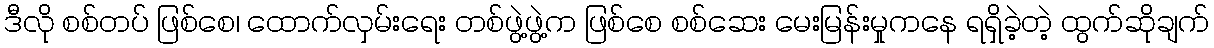
ဒီလို စစ်တပ် ဖြစ်စေ၊ ထောက်လှမ်းရေး တစ်ဖွဲ့ဖွဲ့က ဖြစ်စေ စစ်ဆေး မေးမြန်းမှုကနေ ရရှိခဲ့တဲ့ ထွက်ဆိုချက်